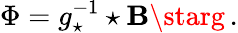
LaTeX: \Phi=g_{\star}^{-1}\star\mathbf{B}\starg\, .